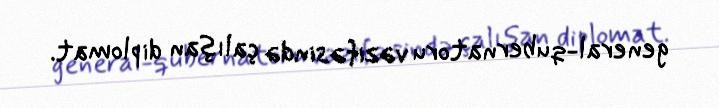
general-qubernatoru vəzifəsində çalışan diplomat.